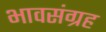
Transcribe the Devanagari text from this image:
भावसंग्रह